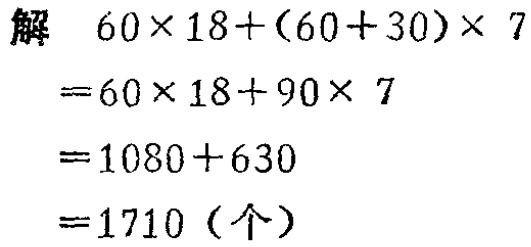
解
\[
\begin{align*}
&60\times18+(60 + 30)\times7\\
=&60\times18+90\times7\\
=&1080 + 630\\
=&1710 (\text{个})
\end{align*}
\]